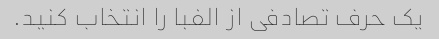
یک حرف تصادفی از الفبا را انتخاب کنید.